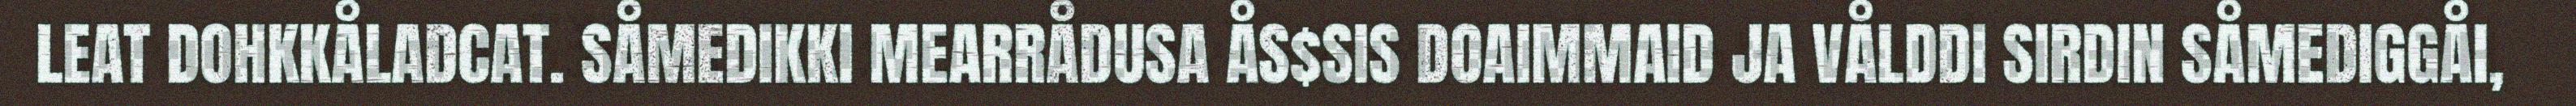
LEAT DOHKKÅLADCAT. SÅMEDIKKI MEARRÅDUSA ÅS$SIS DOAIMMAID JA VÅLDDI SIRDIN SÅMEDIGGÅI,